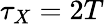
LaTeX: \tau_{X}=2T